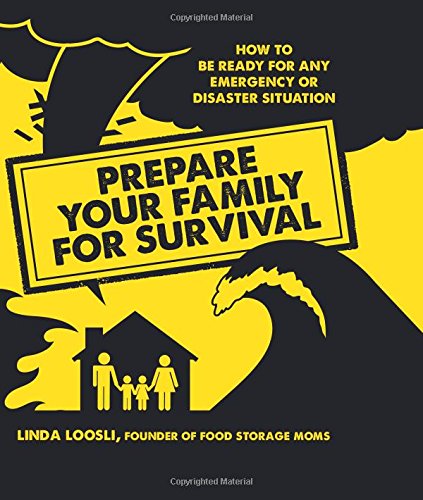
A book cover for Prepare Your Family for Survival: How to Be Ready for Any Emergency or Disaster Situation; Linda Loosli; Reference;